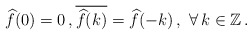
\begin{align*}\widehat{f}(0)=0\,,\overline{\widehat{f}(k)}=\widehat{f}(-k)\,,\,\,\forall\,k\in\mathbb Z\,.\end{align*}